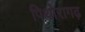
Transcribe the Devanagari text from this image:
पिथोरागढ़